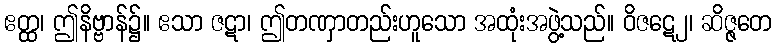
ဧတ္ထ၊ ဤနိဗ္ဗာန်၌။ ဧသာ ဇဋာ၊ ဤတဏှာတည်းဟူသော အထုံးအဖွဲ့သည်။ ဝိဇဋေ၂၊ ဆိဇ္ဇတေ